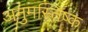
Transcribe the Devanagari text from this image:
अनुमस्तिष्‍क